Report on the working of the Ranchi Indian Mental Hospital, Kanke, in Bihar and Orissa - 1930-1940
Year: 1930
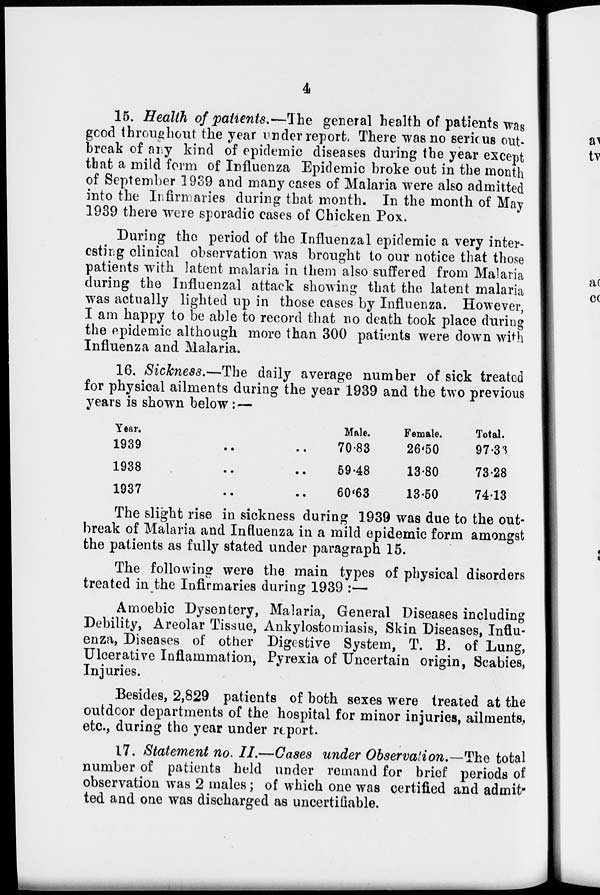
4
15. Health of patients.—The general health of patients was
good throughout the year under report. There was no serious out-
break of any kind of epidemic diseases during the year except
that a mild form of Influenza Epidemic broke out in the month
of September 1939 and many cases of Malaria were also admitted
into the Infirmaries during that month. In the month of May
1939 there were sporadic cases of Chicken Pox.
During the period of the Influenzal epidemic a very inter-
esting clinical observation was brought to our notice that those
patients with latent malaria in them also suffered from Malaria
during the Influenzal attack showing that the latent malaria
was actually lighted up in those cases by Influenza. However,
I am happy to be able to record that no death took place during
the epidemic although more than 300 patients were down with
Influenza and Malaria.
16. Sickness.—The daily average number of sick treated
for physical ailments during the year 1939 and the two previous
years is shown below : —
Year.
1939
..
..
1938 .. ..
1937 .. ..
Male.
70.83
59.48
60.63
Female.
26.50
13.80
13.50
Total.
97.33
73.28
74.13
The slight rise in sickness during 1939 was due to the out-
break of Malaria and Influenza in a mild epidemic form amongst
the patients as fully stated under paragraph 15.
The following were the main types of physical disorders
treated in the Infirmaries during 1939 :—
Amoebic Dysentery, Malaria, General Diseases including
Debility, Areolar Tissue, Ankylostomiasis, Skin Diseases, Influ-
enza, Diseases of other Digestive System, T. B. of Lung,
Ulcerative Inflammation, Pyrexia of Uncertain origin, Scabies,
Injuries.
Besides, 2,829 patients of both sexes were treated at the
outdoor departments of the hospital for minor injuries, ailments,
etc., during the year under report.
17. Statement no. II.—Cases under Observation.—The total
number of patients held under remand for brief periods of
observation was 2 males; of which one was certified and admit-
ted and one was discharged as uncertifiable.